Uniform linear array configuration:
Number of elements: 64
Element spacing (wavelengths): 0.25
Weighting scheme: kaiser
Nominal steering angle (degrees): -60
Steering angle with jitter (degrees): -60.336
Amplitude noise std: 0.05
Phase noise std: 0.05

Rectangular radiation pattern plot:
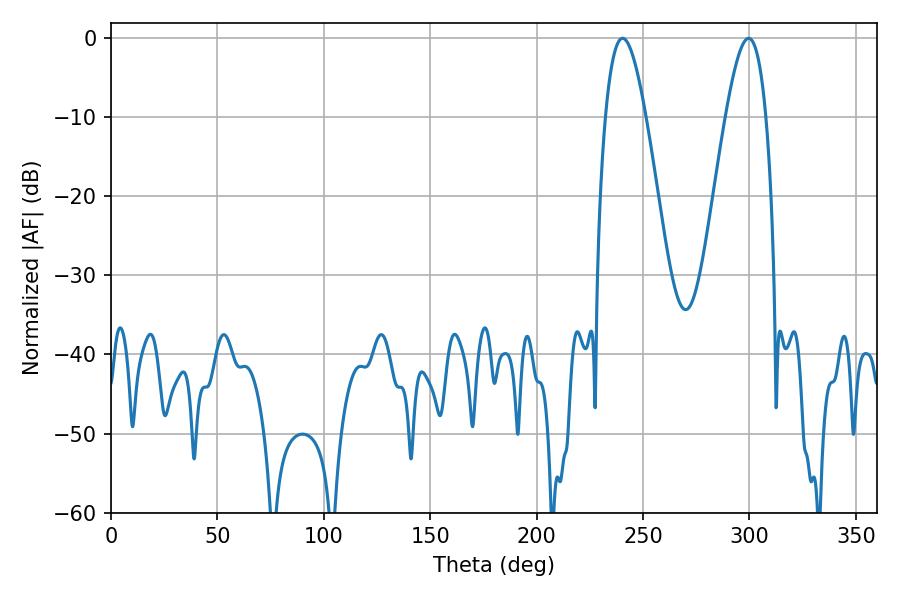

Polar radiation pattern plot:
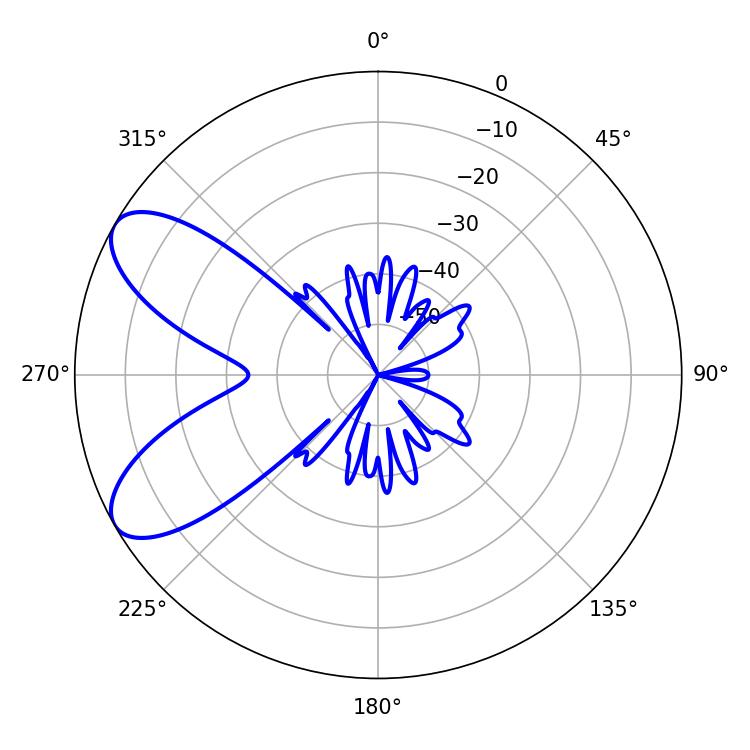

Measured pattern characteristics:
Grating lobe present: FALSE
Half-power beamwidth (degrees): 10.26
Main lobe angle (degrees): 240.3